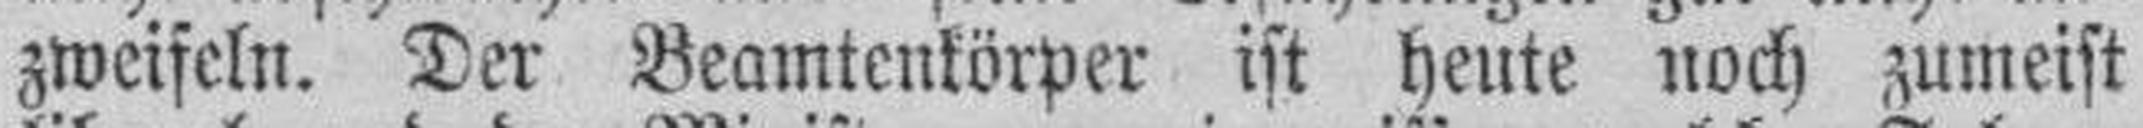
zweifeln. Der Beamtenkörper ist heute noch zumeist